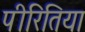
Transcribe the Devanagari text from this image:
पीरितिया